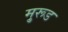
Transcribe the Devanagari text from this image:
मु्रूड